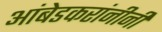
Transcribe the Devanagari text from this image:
आंबेडकरांनीनी